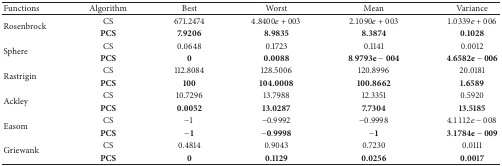
| Functions | Algorithm | Best | Worst | Mean | Variance |
 | --- | --- | --- | --- | --- | --- |
 | <ROWSPAN=2> Rosenbrock | CS | 671.2474 | 4.8400e + 003 | 2.1090e + 003 | 1.0339e + 006 |
 | PCS | 7.9206 | 8.9835 | 8.3874 | 0.1028 |
 | <ROWSPAN=2> Sphere | CS | 0.0648 | 0.1723 | 0.1141 | 0.0012 |
 | PCS | 0 | 0.0088 | 8.9793e − 004 | 4.6582e − 006 |
 | <ROWSPAN=2> Rastrigin | CS | 112.8084 | 128.5006 | 120.8996 | 20.0181 |
 | PCS | 100 | 104.0008 | 100.8662 | 1.6589 |
 | <ROWSPAN=2> Ackley | CS | 10.7296 | 13.7988 | 12.3351 | 0.5920 |
 | PCS | 0.0052 | 13.0287 | 7.7304 | 13.5185 |
 | <ROWSPAN=2> Easom | CS | −1 | −0.9992 | −0.9998 | 4.1112e − 008 |
 | PCS | −1 | −0.9998 | −1 | 3.1784e − 009 |
 | <ROWSPAN=2> Griewank | CS | 0.4814 | 0.9043 | 0.7230 | 0.0111 |
 | PCS | 0 | 0.1129 | 0.0256 | 0.0017 |